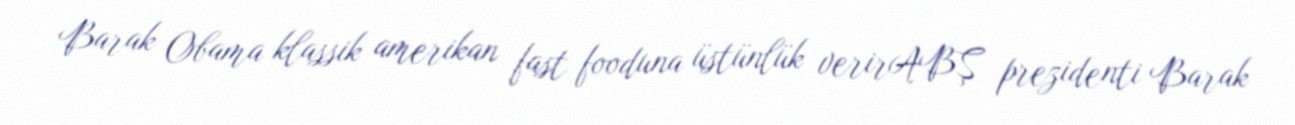
Barak Obama klassik amerikan fast fooduna üstünlük verirABŞ prezidenti Barak